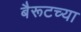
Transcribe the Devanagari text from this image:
बैरूटच्या